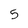
Character: 5